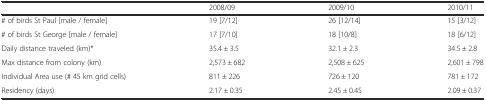
|  | 2008/09 | 2009/10 | 2010/11 |
 | --- | --- | --- | --- |
 | # of birds St Paul [male / female] | 19 [7/12] | 26 [12/14] | 15 [3/12] |
 | # of birds St George [male / female] | 17 [7/10] | 18 [10/8] | 18 [6/12] |
 | Daily distance traveled (km)* | 35.4 ± 3.5 | 32.1 ± 2.3 | 34.5 ± 2.8 |
 | Max distance from colony (km) | 2,573 ± 682 | 2,508 ± 625 | 2,601 ± 798 |
 | Individual Area use (# 45 km grid cells) | 811 ± 226 | 726 ± 120 | 781 ± 172 |
 | Residency (days) | 2.17 ± 0.35 | 2.45 ± 0.45 | 2.09 ± 0.37 |